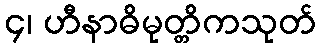
၄၊ ဟီနာဓိမုတ္တိကသုတ်